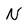
Character: N